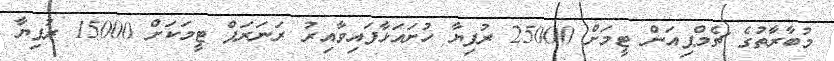
މުބާރާތުގެ ޗެމްޕިއަން ޓީމަށް 25000 ރުފިޔާ ހުށައަޅާފައިވާއިރު ރަނަރަޕް ޓީމަކަށް 15000 ރުފިޔާ